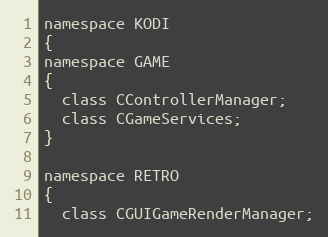
Language: C
namespace KODI
{
namespace GAME
{
  class CControllerManager;
  class CGameServices;
}

namespace RETRO
{
  class CGUIGameRenderManager;